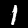
Digit: 1